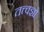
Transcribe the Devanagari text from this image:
तत्त्वज्ञो